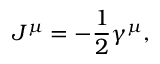
J ^ { \mu } = - \frac { 1 } { 2 } \gamma ^ { \mu } ,